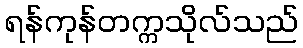
ရန်ကုန်တက္ကသိုလ်သည်